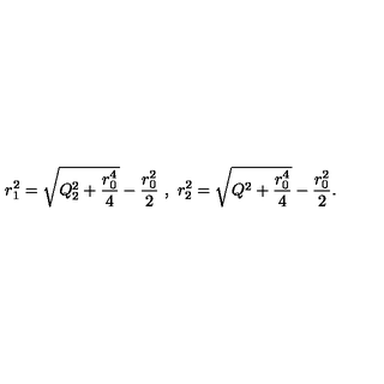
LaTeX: r _ { 1 } ^ { 2 } = \sqrt { Q _ { 2 } ^ { 2 } + \frac { r _ { 0 } ^ { 4 } } { 4 } } - \frac { r _ { 0 } ^ { 2 } } { 2 } \ , \ r _ { 2 } ^ { 2 } = \sqrt { Q ^ { 2 } + \frac { r _ { 0 } ^ { 4 } } { 4 } } - \frac { r _ { 0 } ^ { 2 } } { 2 } .